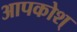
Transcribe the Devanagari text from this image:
आपकोश्